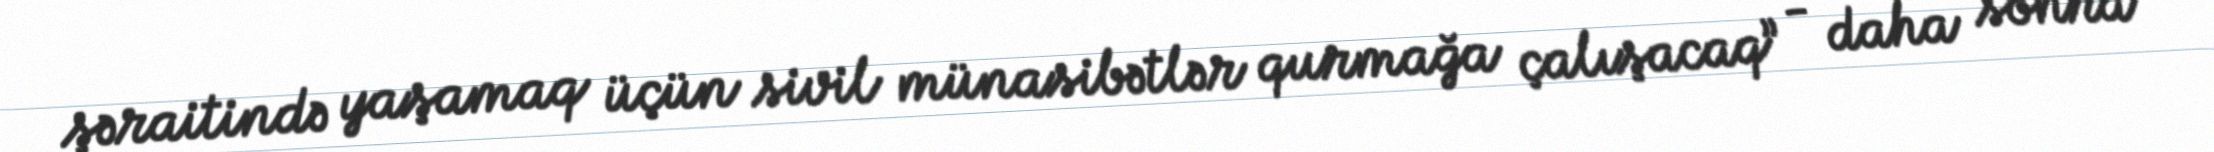
şəraitində yaşamaq üçün sivil münasibətlər qurmağa çalışacaq” - daha sonra